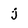
Character: j